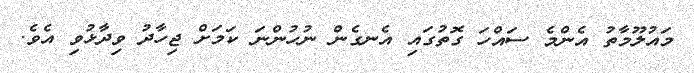
މައުލޫމާތު އެންމެ ސައްހަ ގޮތުގައި އެނގެން ނުހުންނަ ކަމަށް ޖިހާދު ވިދާޅުވި އެވެ.